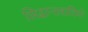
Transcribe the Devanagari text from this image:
सिद्धान्तवादियो